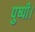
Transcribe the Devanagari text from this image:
पुष्पी।